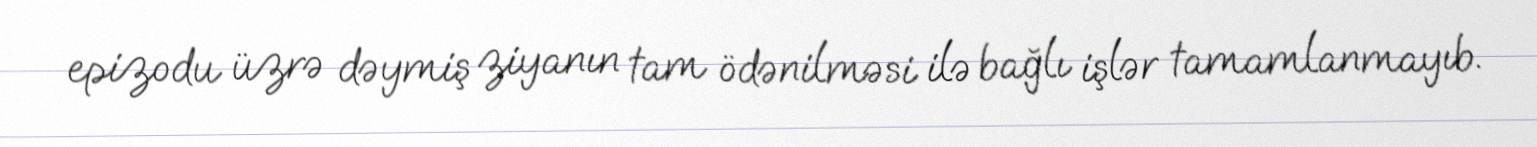
epizodu üzrə dəymiş ziyanın tam ödənilməsi ilə bağlı işlər tamamlanmayıb.